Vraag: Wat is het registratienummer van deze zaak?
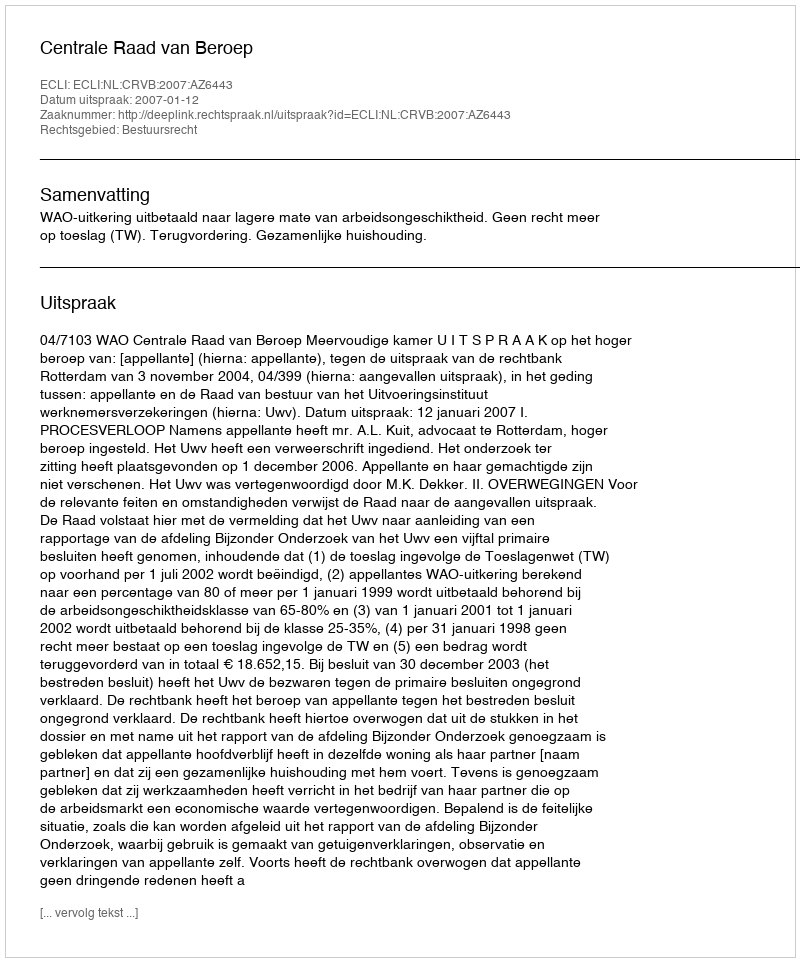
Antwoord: http://deeplink.rechtspraak.nl/uitspraak?id=ECLI:NL:CRVB:2007:AZ6443